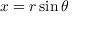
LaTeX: x = r \sin \theta